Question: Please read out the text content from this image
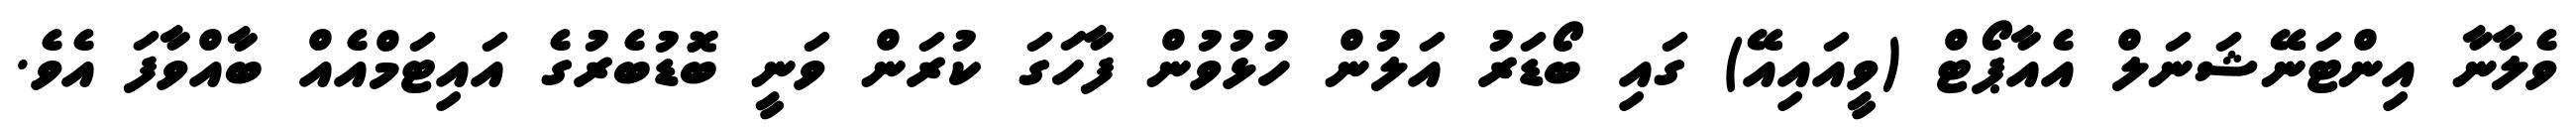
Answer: ވެލާނާ އިންޓަނޭޝަނަލް އެއާޕޯޓް (ވީއައިއޭ) ގައި ބޯޑަރު އަލުން ހުޅުވުން ފާހަގަ ކުރަން ވަނީ ބޮޑުބެރުގެ އައިޓަމްއެއް ބާއްވާފަ އެވެ.